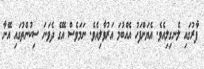
ފާރުގައި ލެނގިލިއެވެ. އެޔަށްފަހު އެއްބުމަ އަރުވާލިއެވެ. ނަމަވެސް އޭގެ ދެވަނަ ސިކުންތުގައި އޭނާ